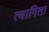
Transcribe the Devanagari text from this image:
त्यागिता